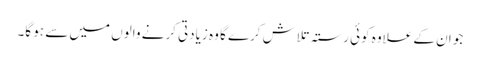
جو ان کے علاوہ کوئی رستہ تلاش کرے گا وہ زیادتی کرنے والوں میں سے ہو گا۔